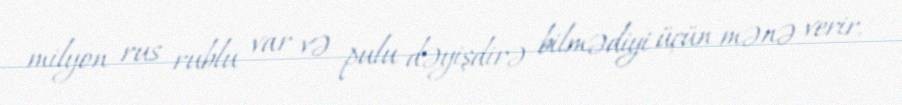
milyon rus rublu var və pulu dəyişdirə bilmədiyi üçün mənə verir.